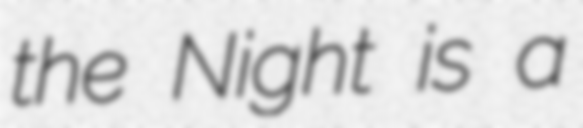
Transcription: the Night is a